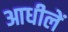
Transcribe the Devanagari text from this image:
आधीलें